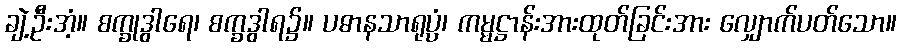
ချဲ့ဦးအံ့။ စက္ခုဒွါရေ၊ စက္ခဒွါရ၌။ ပဓာနသာရုပ္ပံ၊ ကမ္မဋ္ဌာန်းအားထုတ်ခြင်းအား လျှောက်ပတ်သော။